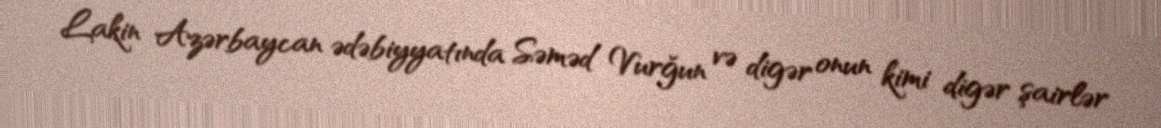
Lakin Azərbaycan ədəbiyyatında Səməd Vurğun və digər onun kimi digər şairlər